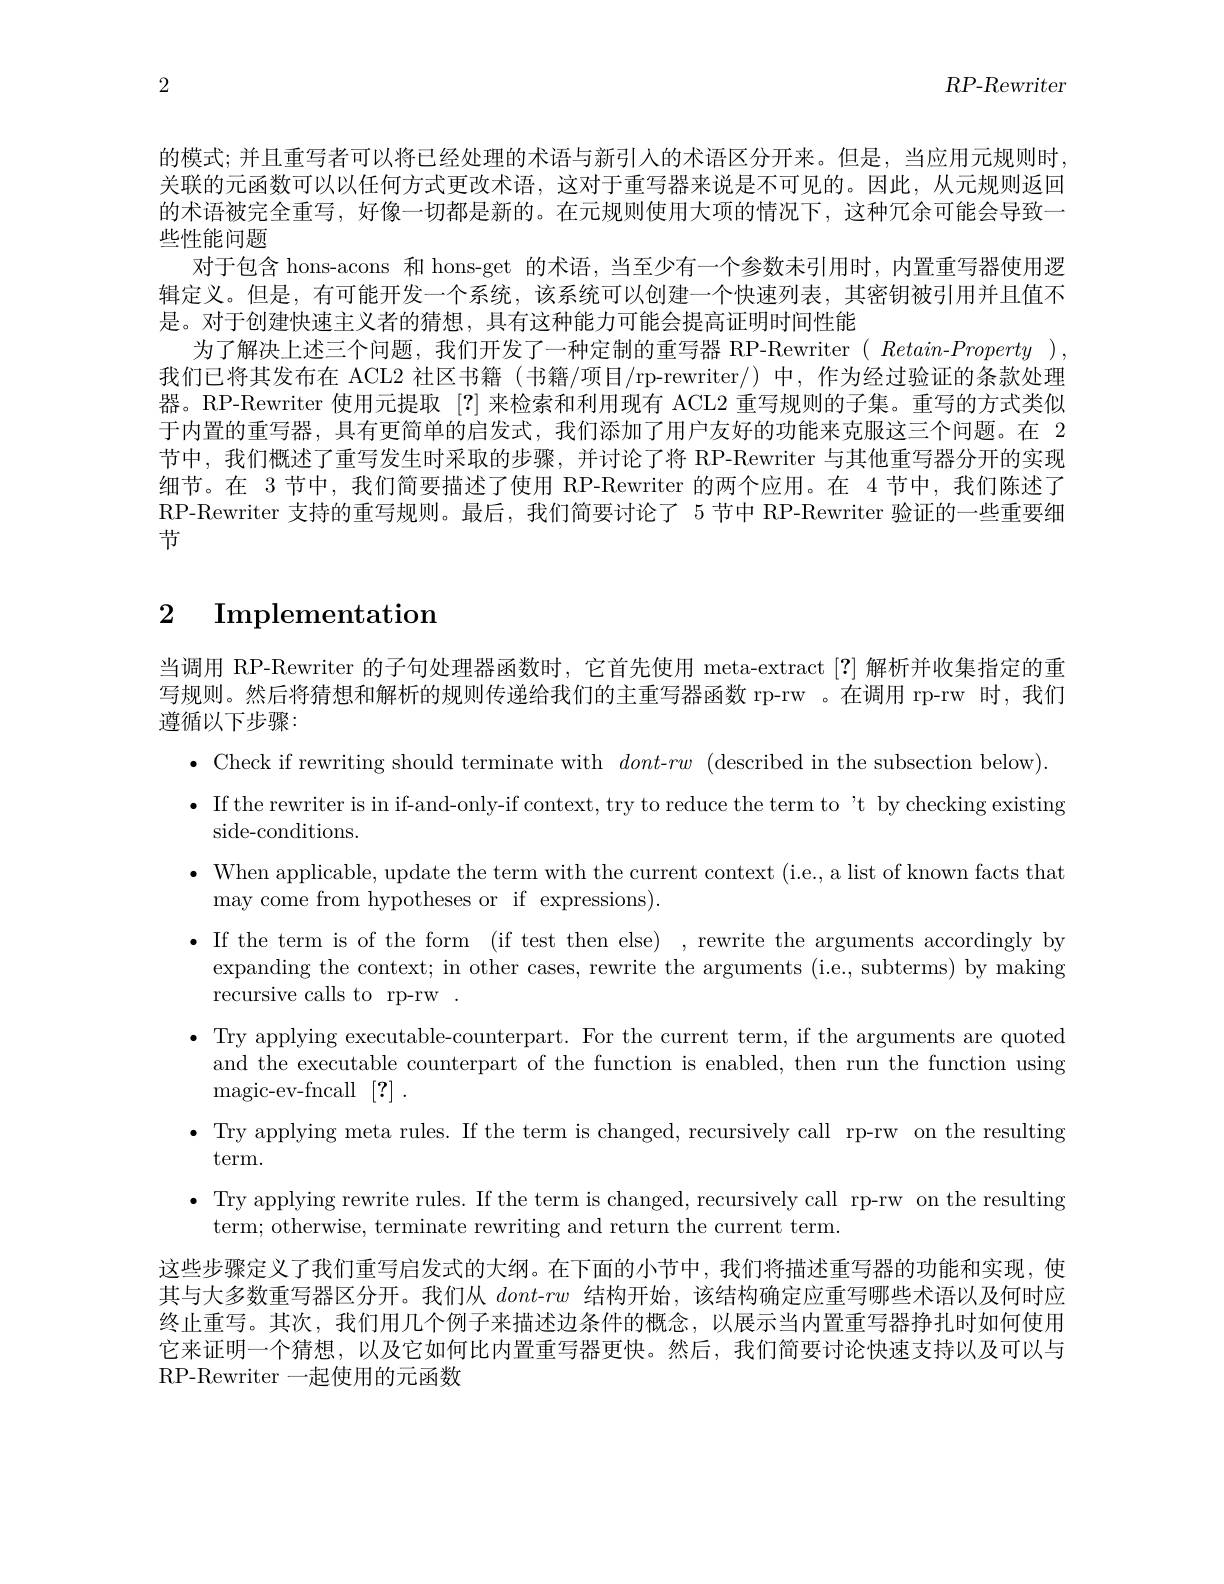
$RP$-Rewriter

2

的模式；并且重写者可以将已经处理的术语与新引入的术语区分开来。但是，当应用元规则时， 关联的元函数可以以任何方式更改术语，这对于重写器来说是不可见的。因此，从元规则返回的术语被完全重写，好像一切都是新的。在元规则使用大项的情况下，这种冗余可能会导致一些性能问题
对于包含 hons-acons 和 hons-get 的术语，当至少有一个参数未引用时，内置重写器使用逻辑定义。但是，有可能开发一个系统，该系统可以创建一个快速列表，其密钥被引用并且值不是。对于创建快速主义者的猜想，具有这种能力可能会提高证明时间性能
为了解决上述三个问题，我们开发了一种定制的重写器 RP-Rewriter( Retain-Property), 我们已将其发布在 ACL2 社区书籍 (书籍/项目/rp-rewriter/) 中，作为经过验证的条款处理器。RP-Rewriter 使用元提取[?]来检索和利用现有 ACL2 重写规则的子集。重写的方式类似于内置的重写器，具有更简单的启发式，我们添加了用户友好的功能来克服这三个问题。在 2节中，我们概述了重写发生时采取的步骤，并讨论了将 RP-Rewriter 与其他重写器分开的实现细节。在 3 节中，我们简要描述了便用 RP-Rewriter 的两个应用。在 4 节中，我们陈述了RP-Rewriter 支持的重写规则。最后，我们简要讨论了 5 节中 RP-Rewriter 验证的一些重要细节

# 2 Implementation

当调用 RP-Rewriter 的子句处理器函数时，它首先使用 meta-extract [?]解析并收集指定的重写规则。然后将猜想和解析的规则传递给我们的主重写器函数 rp-rw 。在调用 rp-rw 时，我们遵循以下步骤：
$\bullet$ Check if rewriting should terminate with $dont-rw$ (described in the subsection below). $\bullet$ If the rewriter is in if-and-only-if context, try to reduce the term to't by checking existing
side- conditions.
$\bullet$ When applicable, update the term with the current context (i.e., a list of known facts that
may come from hypotheses or if expressions).
·If the term is of the form (if test then else) , rewrite the arguments accordingly by
expanding the context; in other cases, rewrite the arguments (i.e., subterms) by making
recursive calls to rp-rw.
· Try applying executable-counterpart. For the current term, if the arguments are quoted
and the executable counterpart of the function is enabled, then run the function using
${\mathrm{magic- ev- fncall}}$ [?] .
· Try applying meta rules. If the term is changed, recursively call rp-rw on the resulting
term.
· Try applying rewrite rules. If the term is changed, recursively call rp-rw on the resulting
term; otherwise, terminate rewriting and return the current term.
这些步骤定义了我们重写启发式的大纲。在下面的小节中，我们将描述重写器的功能和实现，使其与大多数重写器区分开。我们从$dont-rw$结构开始，该结构确定应重写哪些术语以及何时应终止重写。其次，我们用几个例子来描述边条件的概念，以展示当内置重写器挣扎时如何使用它来证明一个猜想，以及它如何比内置重写器更快。然后，我们简要讨论快速支持以及可以与RP-Rewriter 一起使用的元函数